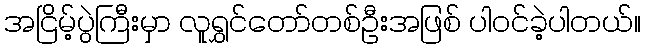
အငြိမ့်ပွဲကြီးမှာ လူရွှင်တော်တစ်ဦးအဖြစ် ပါဝင်ခဲ့ပါတယ်။